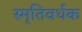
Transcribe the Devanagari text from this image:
स्मृतिवर्धक